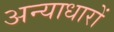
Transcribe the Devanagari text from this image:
अन्याधारों